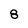
Character: 8